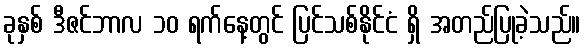
ခုနှစ် ဒီဇင်ဘာလ ၁၀ ရက်နေ့တွင် ပြင်သစ်နိုင်ငံ ရှိ အတည်ပြုခဲ့သည်။